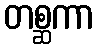
တစ္ဆကာ